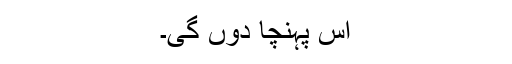
اس پہنچا دوں گی۔